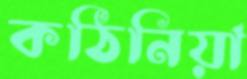
কঠিনিয়া